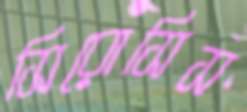
সিরোসিস